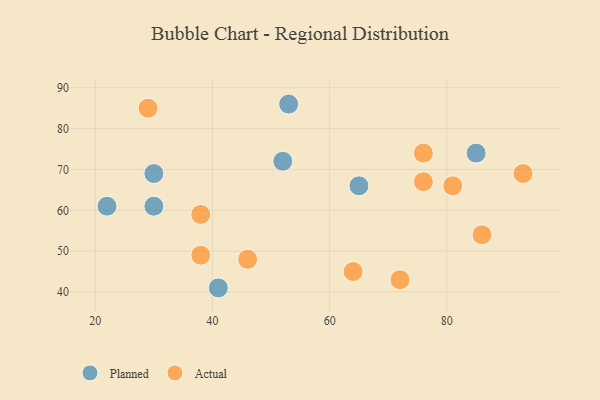
{"axis": {"x": "GDP", "y": "Life Expectancy"}, "legend": ["Actual", "Planned"], "data": [{"x": "22", "y": 61, "type": "Planned"}, {"x": "85", "y": 74, "type": "Planned"}, {"x": "52", "y": 72, "type": "Planned"}, {"x": "30", "y": 61, "type": "Planned"}, {"x": "53", "y": 86, "type": "Planned"}, {"x": "30", "y": 69, "type": "Planned"}, {"x": "41", "y": 41, "type": "Planned"}, {"x": "65", "y": 66, "type": "Planned"}, {"x": "38", "y": 59, "type": "Actual"}, {"x": "93", "y": 69, "type": "Actual"}, {"x": "29", "y": 85, "type": "Actual"}, {"x": "64", "y": 45, "type": "Actual"}, {"x": "81", "y": 66, "type": "Actual"}, {"x": "46", "y": 48, "type": "Actual"}, {"x": "76", "y": 74, "type": "Actual"}, {"x": "38", "y": 49, "type": "Actual"}, {"x": "86", "y": 54, "type": "Actual"}, {"x": "76", "y": 67, "type": "Actual"}, {"x": "72", "y": 43, "type": "Actual"}]}